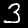
Label: 3